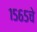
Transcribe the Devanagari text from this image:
१५६५चे